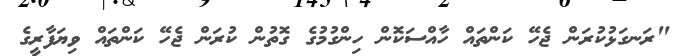
"ރަނގަޅުކުރަން ޖެހޭ ކަންތައް ހާއްސަކޮން ހިންގުމުގެ ގޮތުން ކުރަން ޖެހޭ ކަންތައް ވިޔަފާރީގެ